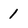
Character: 1